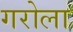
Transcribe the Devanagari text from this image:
गरोला